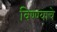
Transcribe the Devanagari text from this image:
विण्ण्याचे